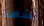
نشهد